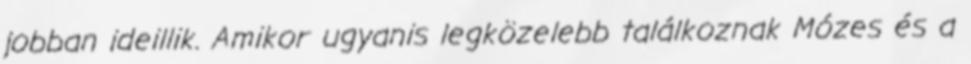
jobban ideillik. Amikor ugyanis legközelebb találkoznak Mózes és a